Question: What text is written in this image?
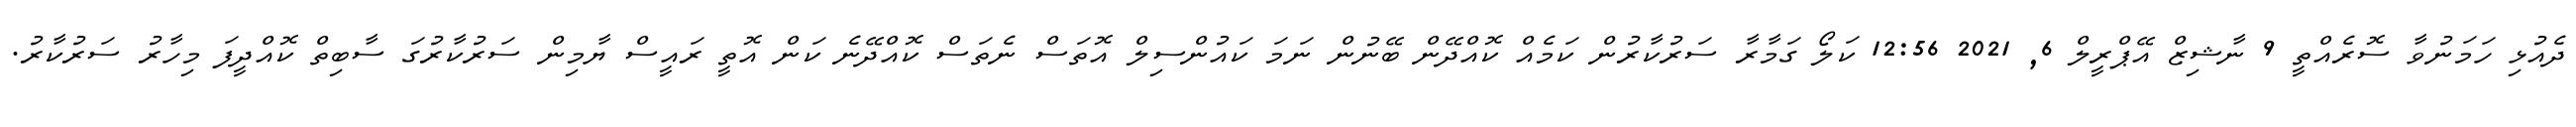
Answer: ދެއުޅި ހަމަނުވާ ސޮރެއްތީ 9 ނާޝިޒް އޭޕްރީލް 6, 2021 12:56 ކަލޯ ގަމާރާ ސަރުކާރުން ކަމެއް ކޮއްދޭން ބޭނުން ނަމަ ކައުންސިލް އޮތަސް ނެތަސް ކޮއްދޭނެ ކަން އޮތީ ރައީސް ޔާމިން ސަރުކާރުގަ ސާބިތް ކޮއްދީފަ މިހާރު ސަރުކާރު.